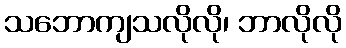
သဘောကျသလိုလို၊ ဘာလိုလို